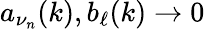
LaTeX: a_{\nu_{n}}(k),b_{\ell}(k)\to 0